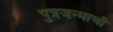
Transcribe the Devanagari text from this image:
पुत्रजन्माची